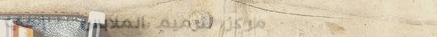
مركز لترميم الملابس   إحي